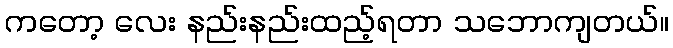
ကတော့ လေး နည်းနည်းထည့်ရတာ သဘောကျတယ်။